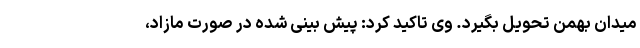
میدان بهمن تحویل بگیرد. وی تاکید کرد: پیش بینی شده در صورت مازاد،